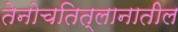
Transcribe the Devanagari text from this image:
तेनोचतित्लानातील